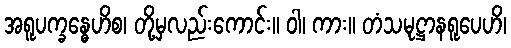
အရူပက္ခန္ဓေဟိစ၊ တို့မှလည်းကောင်း။ ဝါ၊ ကား။ တံသမုဋ္ဌာနရူပေဟိ၊